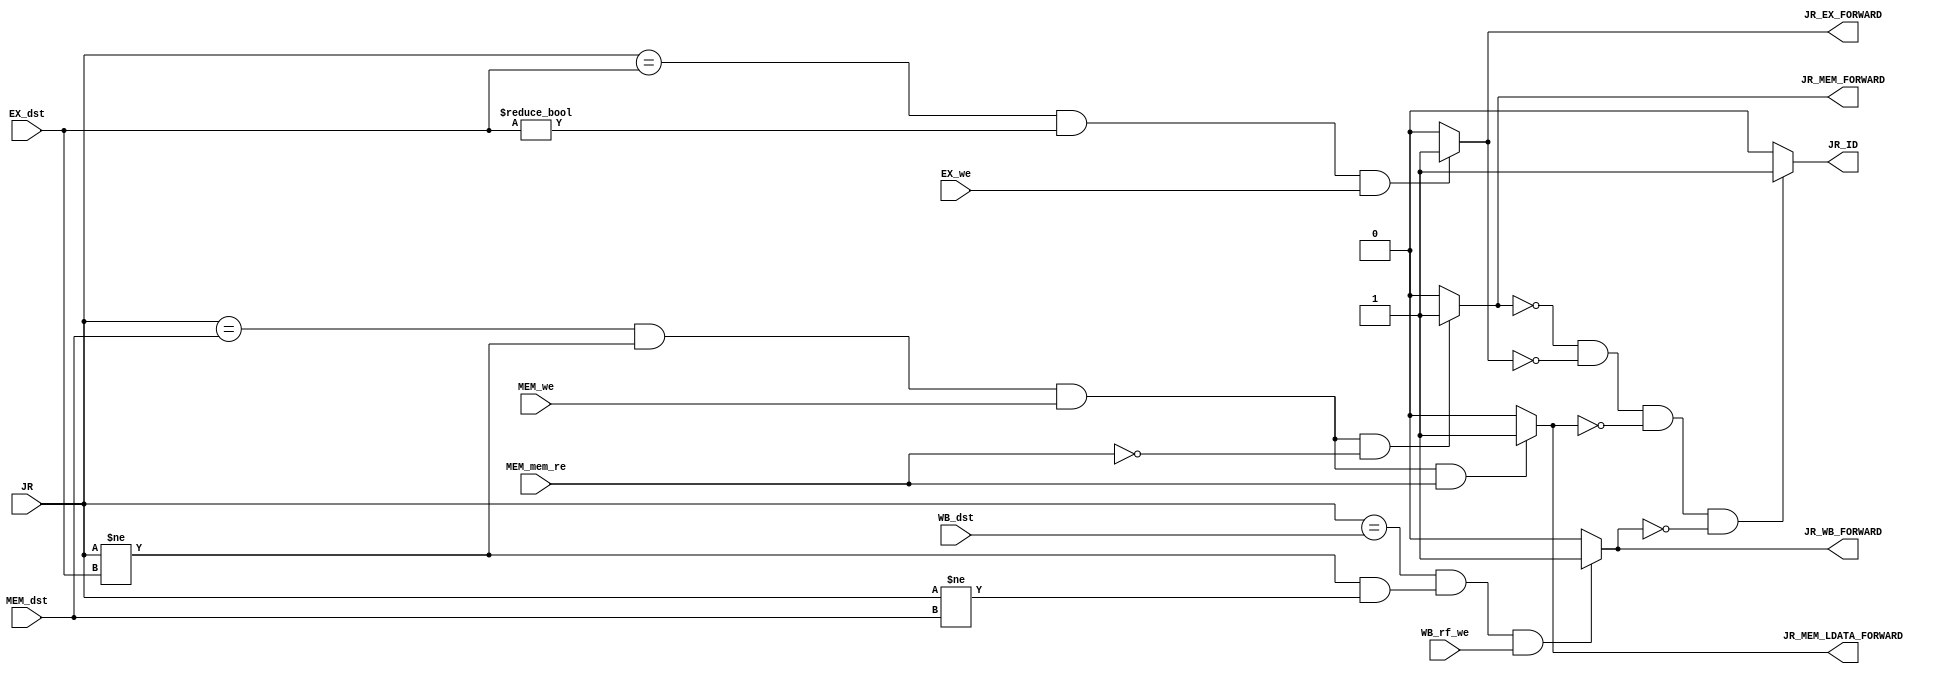
// Author R. Scott Carson

module jump_controller(
	// Inputs
	MEM_dst, EX_dst, WB_dst, JR, MEM_we, EX_we, MEM_mem_re, WB_rf_we,
	// Outputs
	JR_MEM_LDATA_FORWARD, JR_MEM_FORWARD, JR_EX_FORWARD, JR_ID, JR_WB_FORWARD);
	
	// inputs
	input wire [3:0] MEM_dst, EX_dst, WB_dst, JR;
	input wire MEM_we, EX_we, MEM_mem_re, WB_rf_we;
	
	//outputs	
	output wire JR_MEM_LDATA_FORWARD, JR_MEM_FORWARD, JR_EX_FORWARD, JR_WB_FORWARD, JR_ID;
	
	assign JR_EX_FORWARD = 	((JR == EX_dst)		&&
							(EX_dst != 4'b0000)	&&
							(EX_we)) 			? 	1'b1: 
												 	1'b0;
												
	assign JR_MEM_FORWARD = ((JR == MEM_dst)	&&
							(JR != EX_dst)		&&
							(MEM_we)			&&
							(~MEM_mem_re))		? 	1'b1: 
													1'b0;

	assign JR_MEM_LDATA_FORWARD = 	((JR == MEM_dst) 	&&
									(JR != EX_dst)		&&
									(MEM_we)			&&
									(MEM_mem_re))		?	1'b1:
															1'b0;

	assign JR_WB_FORWARD = 	((JR == WB_dst) 	&&
							((JR != EX_dst) 	&&
							(JR != MEM_dst))	&&
							(WB_rf_we))			?	1'b1:
													1'b0;
													
	assign JR_ID = 	((~JR_MEM_FORWARD) 		&& 
					(~JR_EX_FORWARD) 		&&
					(~JR_MEM_LDATA_FORWARD)	&&
					(~JR_WB_FORWARD))		? 1'b1 : 1'b0;
																
	
endmodule